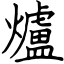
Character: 爐